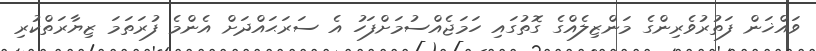
ވައްޚަން ފަތުރުވެރިންގެ މަންޒިލެއްގެ ގޮތުގައި ހަމަޖެއްސުމަށްފަހު އެ ސަރަޙައްދަށް އެންމެ ފުރަތަމަ ޒިޔާރަތްކުރި